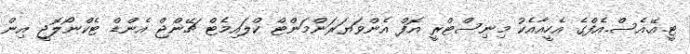
ޓީ.އޭ.އެސް.އެފްގެ އެހީއާއެކު މިނިސްޓްރީ އޮފް އެންވަޔަރަންމަންޓް ކްލައިމެޓް ޗޭންޖް އެންޑް ޓެކްނޯލޮޖީ އިން